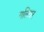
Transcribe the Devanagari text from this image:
गलिवर